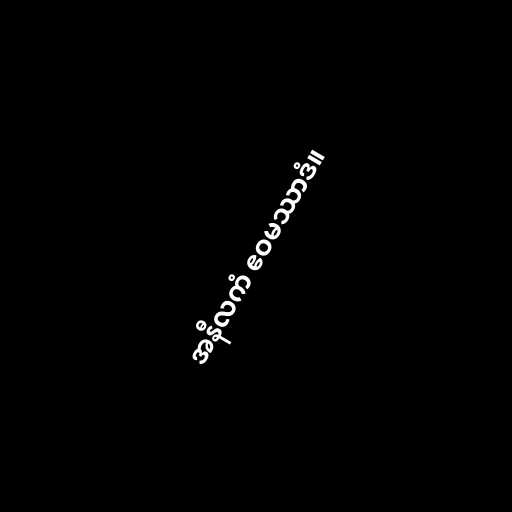
အနီလကံ ဧဝမဿာဒံ။